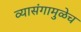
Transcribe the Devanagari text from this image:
व्यासंगामुळेच